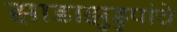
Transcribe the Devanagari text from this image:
झाडाझुडुपांचे